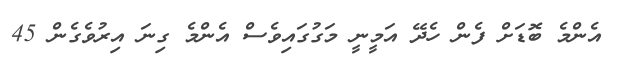
އެންމެ ބޮޑަށް ފެން ހެދޭ އަމީނީ މަގުގައިވެސް އެންމެ ގިނަ އިރުވެގެން 45